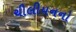
ચીલીયનનો